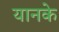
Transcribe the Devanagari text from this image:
यानके